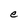
Character: e